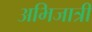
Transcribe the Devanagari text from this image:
अभिजात्री